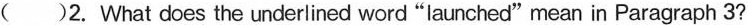
A.Found. _B.Bought. C. Sent. D. Received.